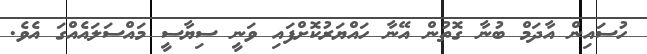
ހުސައިން އާދަމް ބުނާ ގޮތުން އޭނާ ހައްޔަރުކޮށްފައި ވަނީ ސިޔާސީ މައްސަލައެއްގަ އެވެ.